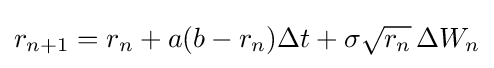
r_{n+1}=r_{n}+a(b-r_{n})\Delta t+\sigma {\sqrt {r_{n}}}\,\Delta W_{n}